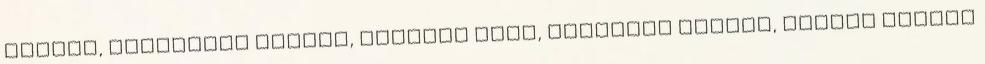
Zoltán, Fullajtár Andrea, Kerekes Vica, Hirtling István, Kálloy Molnár